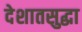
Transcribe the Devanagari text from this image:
देशातसुद्धा